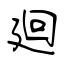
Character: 廻